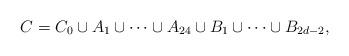
LaTeX: \begin{align*} C = C_0 \cup A_1 \cup \dots \cup A_{24} \cup B_1 \cup \dots \cup B_{2d-2}, \end{align*}